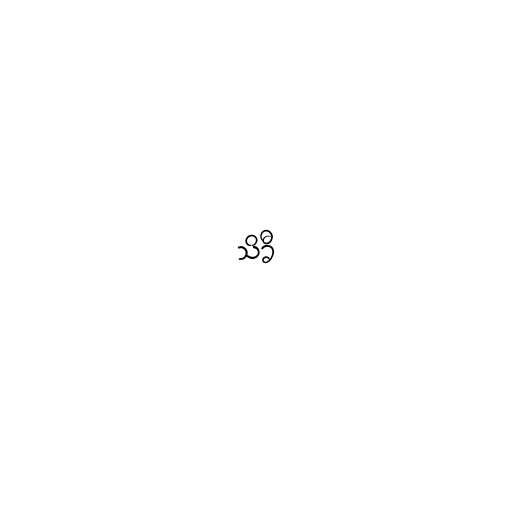
သိခီ